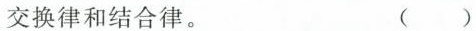
交换律和结合律。（）